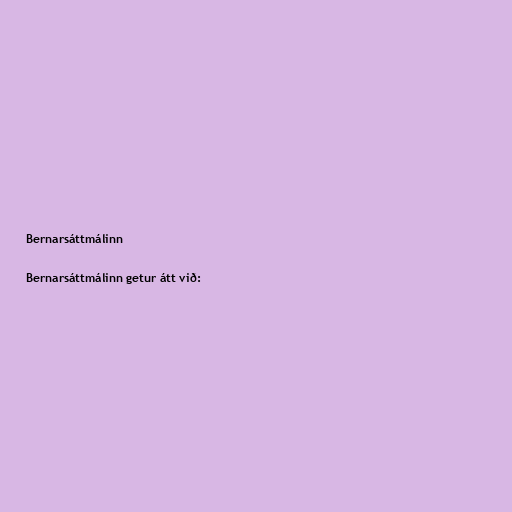
Bernarsáttmálinn

Bernarsáttmálinn getur átt við: